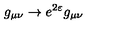
g _ { \mu \nu } \to e ^ { 2 \varepsilon } g _ { \mu \nu }